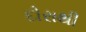
દોરાથી